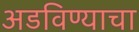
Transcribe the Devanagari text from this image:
अडविण्याचा